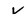
Character: V